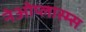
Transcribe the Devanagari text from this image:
नेओप्लास्म्स